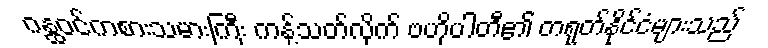
ဂန္ထဝင်ကစားသမားကြီး ကန့်သတ်လိုက် ဗဟိုပါတီ၏ တရုတ်နိုင်ငံများသည်